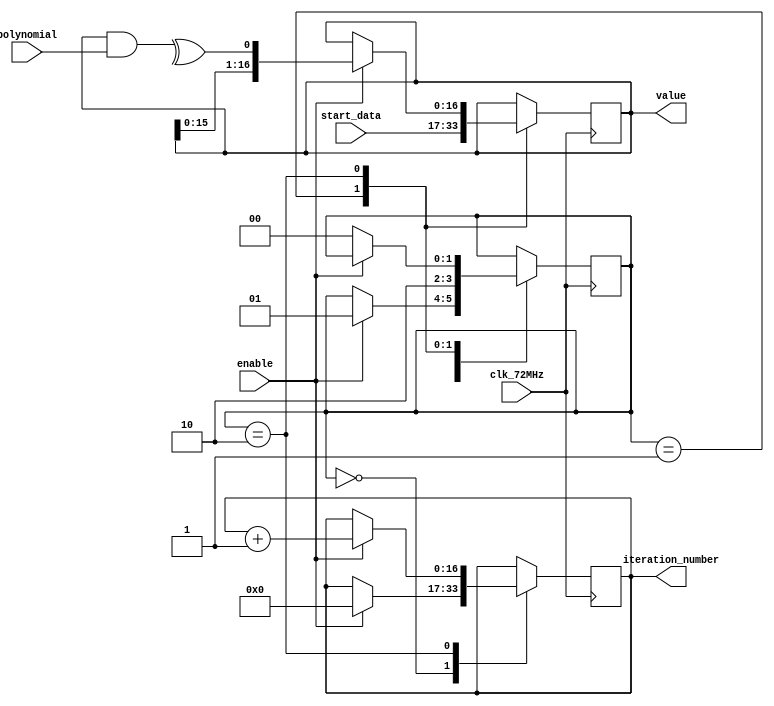
`default_nettype none

module lfsr (
  input wire clk_72MHz,
  input wire [16:0] polynomial,
  input wire [16:0] start_data,
  input wire enable,

  output reg [16:0] value,
  output reg [16:0] iteration_number
  );

localparam  IDLE = 0;
localparam  LOAD = 1;
localparam  ITERATE = 2;

reg [1:0] state = IDLE;
reg binary_bit;

always @ (posedge clk_72MHz) begin
  case (state)
    IDLE: begin
      if (enable == 1) begin
        iteration_number <= 0;
        state <= LOAD;
      end
    end

    LOAD: begin
      value <= start_data;
      state <= ITERATE;
    end

    ITERATE: begin
      if (enable == 1) begin
        value <= {value, ^(value & polynomial)};
        iteration_number <= iteration_number + 1;
      end else begin
        state <= IDLE;
      end
    end

    default: ;
  endcase

end

endmodule // lfsr